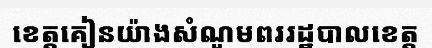
ខេត្តគៀនយ៉ាងសំណូមពររដ្ឋបាលខេត្ត